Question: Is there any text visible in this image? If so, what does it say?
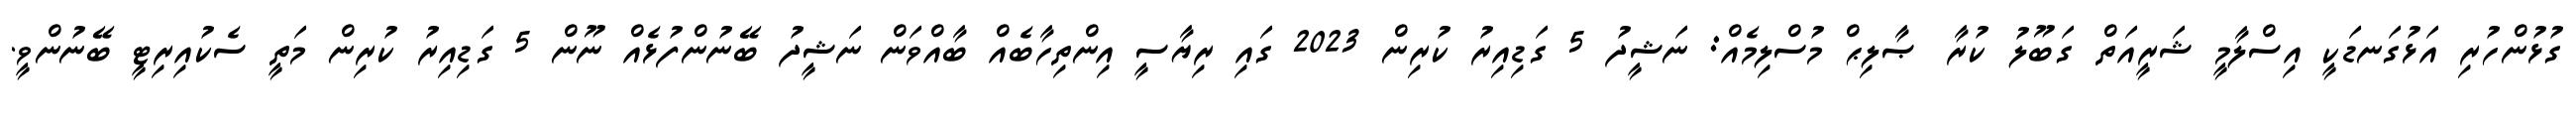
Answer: ގުޅުންހުރި އަޅުގަނޑަކީ އިސްލާމީ ޝަރީއަތް ގަބޫލު ކުރާ ޞާލިޙް މުސްލިމެއް: ނަޝީދު 5 ގަޑިއިރު ކުރިން 2023 ގައި ރިޔާސީ އިންތިހާބެއް ބާއްވަން ނަޝީދު ބޭނުންފުޅެއް ނޫން 5 ގަޑިއިރު ކުރިން މަތީ ސެކުއިރިޓީ ބޭނުންވީ.